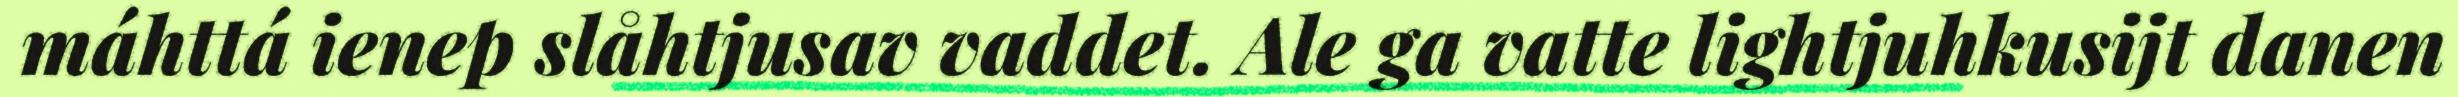
máhttá ienep slåhtjusav vaddet. Ale ga vatte lightjuhkusijt danen